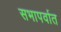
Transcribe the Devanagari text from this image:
सभापर्वात